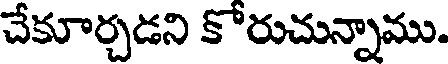
చేకూర్చడని కోరుచున్నాము.